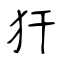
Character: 犴